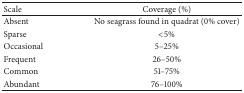
<table><thead><tr><td><b>Scale</b></td><td><b>Coverage (%)</b></td></tr></thead><tbody><tr><td>Absent</td><td>No seagrass found in quadrat (0% cover)</td></tr><tr><td>Sparse</td><td>&lt;5%</td></tr><tr><td>Occasional</td><td>5–25%</td></tr><tr><td>Frequent</td><td>26–50%</td></tr><tr><td>Common</td><td>51–75%</td></tr><tr><td>Abundant</td><td>76–100%</td></tr></tbody></table>